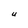
Character: U